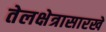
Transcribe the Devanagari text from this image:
तेलक्षेत्रासारखे